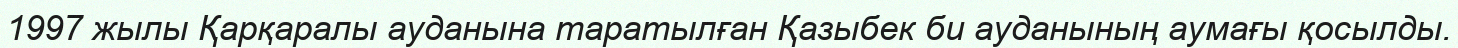
1997 жылы Қарқаралы ауданына таратылған Қазыбек би ауданының аумағы қосылды.